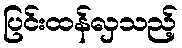
ပြင်းထန်လှသည့်